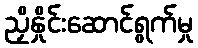
ညှိနှိုင်းဆောင်ရွက်မှု